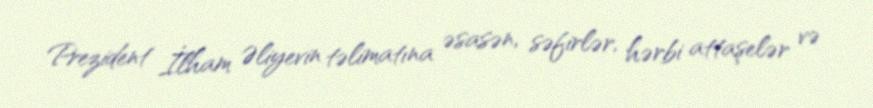
Prezident İlham Əliyevin təlimatına əsasən, səfirlər, hərbi attaşelər və